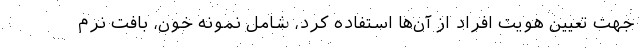
جهت تعیین هویت افراد از آن‌ها استفاده کرد، شامل نمونه خون، بافت نرم